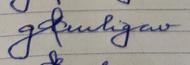
Signature authenticity: forged